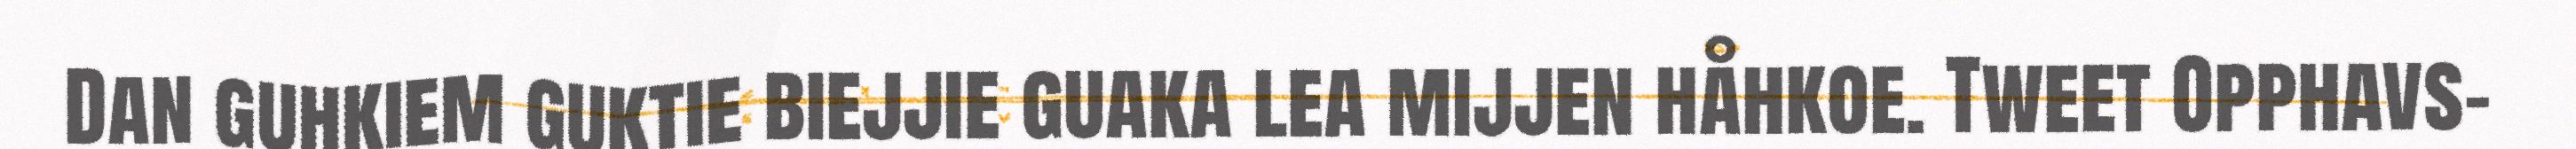
Dan guhkiem guktie biejjie guaka lea mijjen håhkoe. Tweet Opphavs-